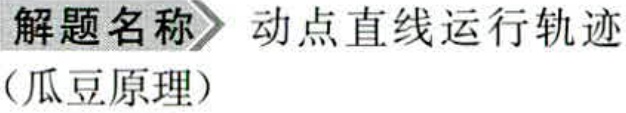
\textbf{解题名称} 动点直线运行轨迹（瓜豆原理）